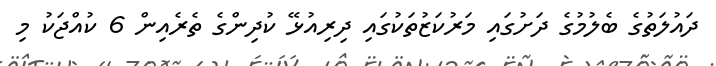
ދައުލަތުގެ ބެލުމުގެ ދަށުގައި މަރުކަޒުތަކުގައި ދިރިއުޅޭ ކުދިންގެ ތެރެއިން 6 ކުއްޖަކު މި